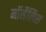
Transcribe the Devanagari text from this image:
मॉर्सेलिस